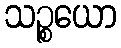
သဉ္စယော